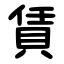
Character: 賃